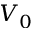
V _ { 0 }